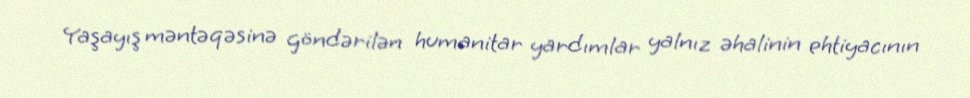
Yaşayış məntəqəsinə göndərilən humanitar yardımlar yalnız əhalinin ehtiyacının